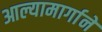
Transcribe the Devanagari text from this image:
आल्यामार्गाने